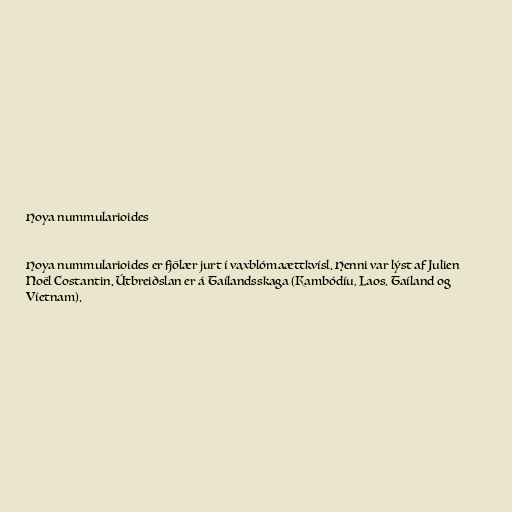
Hoya nummularioides

Hoya nummularioides er fjölær jurt í vaxblómaættkvísl. Henni var lýst af Julien
Noël Costantin. Útbreiðslan er á Taílandsskaga (Kambódíu, Laos, Taíland og
Víetnam).